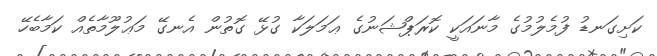
ކަށިގަނޑު ފުމެލުމުގެ މާނައަކީ ކޮރަޕްޝަނުގެ ޢަމަލަކާ ގުޅޭ ގޮތުން އެނގޭ މަޢުލޫމާތެއް ކަމާބެހޭ